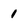
Character: 1